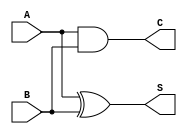
module CarryLookaheadHalfAdder (
    input wire A,   // First input bit
    input wire B,   // Second input bit
    output wire S,  // Sum output
    output wire C   // Carry output
);

// Internal logic for sum and carry
assign S = A ^ B;  // Sum calculation using XOR
assign C = A & B;  // Carry calculation using AND

endmodule